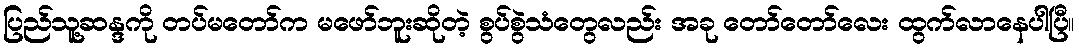
ပြည်သူ့ဆန္ဒကို တပ်မတော်က မဖော်ဘူးဆိုတဲ့ စွပ်စွဲသံတွေလည်း အခု တော်တော်လေး ထွက်လာနေပါပြီ။